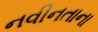
નવીનતાના